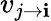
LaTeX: v_{j\rightarrow\mathbf{i}}